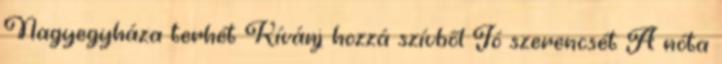
Nagyegyháza terhét Kívánj hozzá szívből Jó szerencsét A nóta